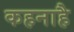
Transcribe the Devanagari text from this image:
कहनाहै